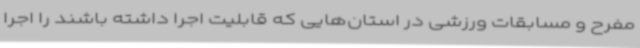
مفرح و مسابقات ورزشی در استان‌هایی که قابلیت اجرا داشته باشند را اجرا